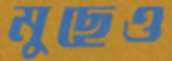
মুছেও